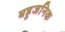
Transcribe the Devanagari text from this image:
बहुजनिक